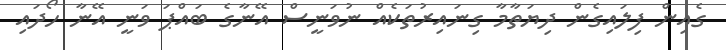
ގެއިން ފިލައިގެން ދިޔަތާމާ ގިނައިރުތަކެއް ނުވަނީސް އޭނާގެ ބައްޕަ ވަނީ އޭނާ ހޯދައި